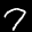
Label: 7